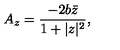
A _ { z } = \frac { - 2 b \bar { z } } { 1 + | z | ^ { 2 } } ,